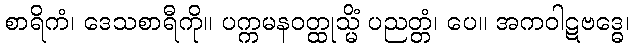
စာရိကံ၊ ဒေသစာရီကို။ ပက္ကမနဝတ္ထုသ္မိံ ပညတ္တံ၊ ပေ။ အကဝါဋဗဒ္ဓေ၊